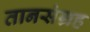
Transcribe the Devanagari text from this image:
तानसंग्रह